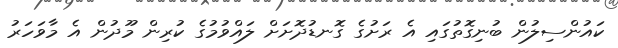
ކައުންސިލުން ބުނިގޮތުގައި އެ ރަށުގެ ގޮނޑުދޮށަށް ލައްވުމުގެ ކުރިން މޫދުން އެ މާވަހަރު